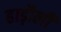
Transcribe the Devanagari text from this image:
हाड़ौली